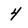
Character: 4